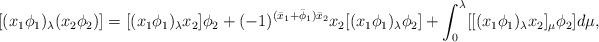
LaTeX: \begin{align*}[(x_1\phi_1)_\lambda(x_2\phi_2)]=[(x_1\phi_1)_{\lambda}x_2]\phi_2+(-1)^{(\bar{x}_1+\bar{\phi}_1)\bar{x}_2}x_2[(x_1\phi_1)_{\lambda}\phi_2]+\int^\lambda_0[[(x_1\phi_1)_{\lambda}x_2]_\mu \phi_2]d \mu,\end{align*}